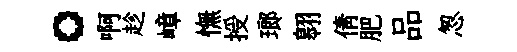
。啊趁嶂憮授瑯翱倩肥品怱